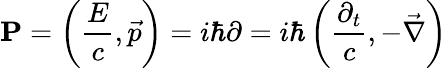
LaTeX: \mathbf{P}=\left({\frac{E}{c}},{\vec{p}}\right)=i\hbar\mathbf{\partial}=i\hbar\left({\frac{\partial_{t}}{c}},-{\vec{\nabla}}\right)